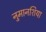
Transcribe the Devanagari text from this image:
नुमानशिया